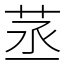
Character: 䒱